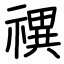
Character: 禩